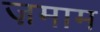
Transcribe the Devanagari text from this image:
ज़माम